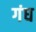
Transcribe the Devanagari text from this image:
गंघ